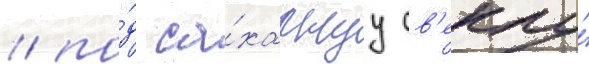
/ по́д са́харнуу св'еклу́